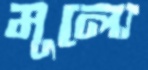
মূল্যে